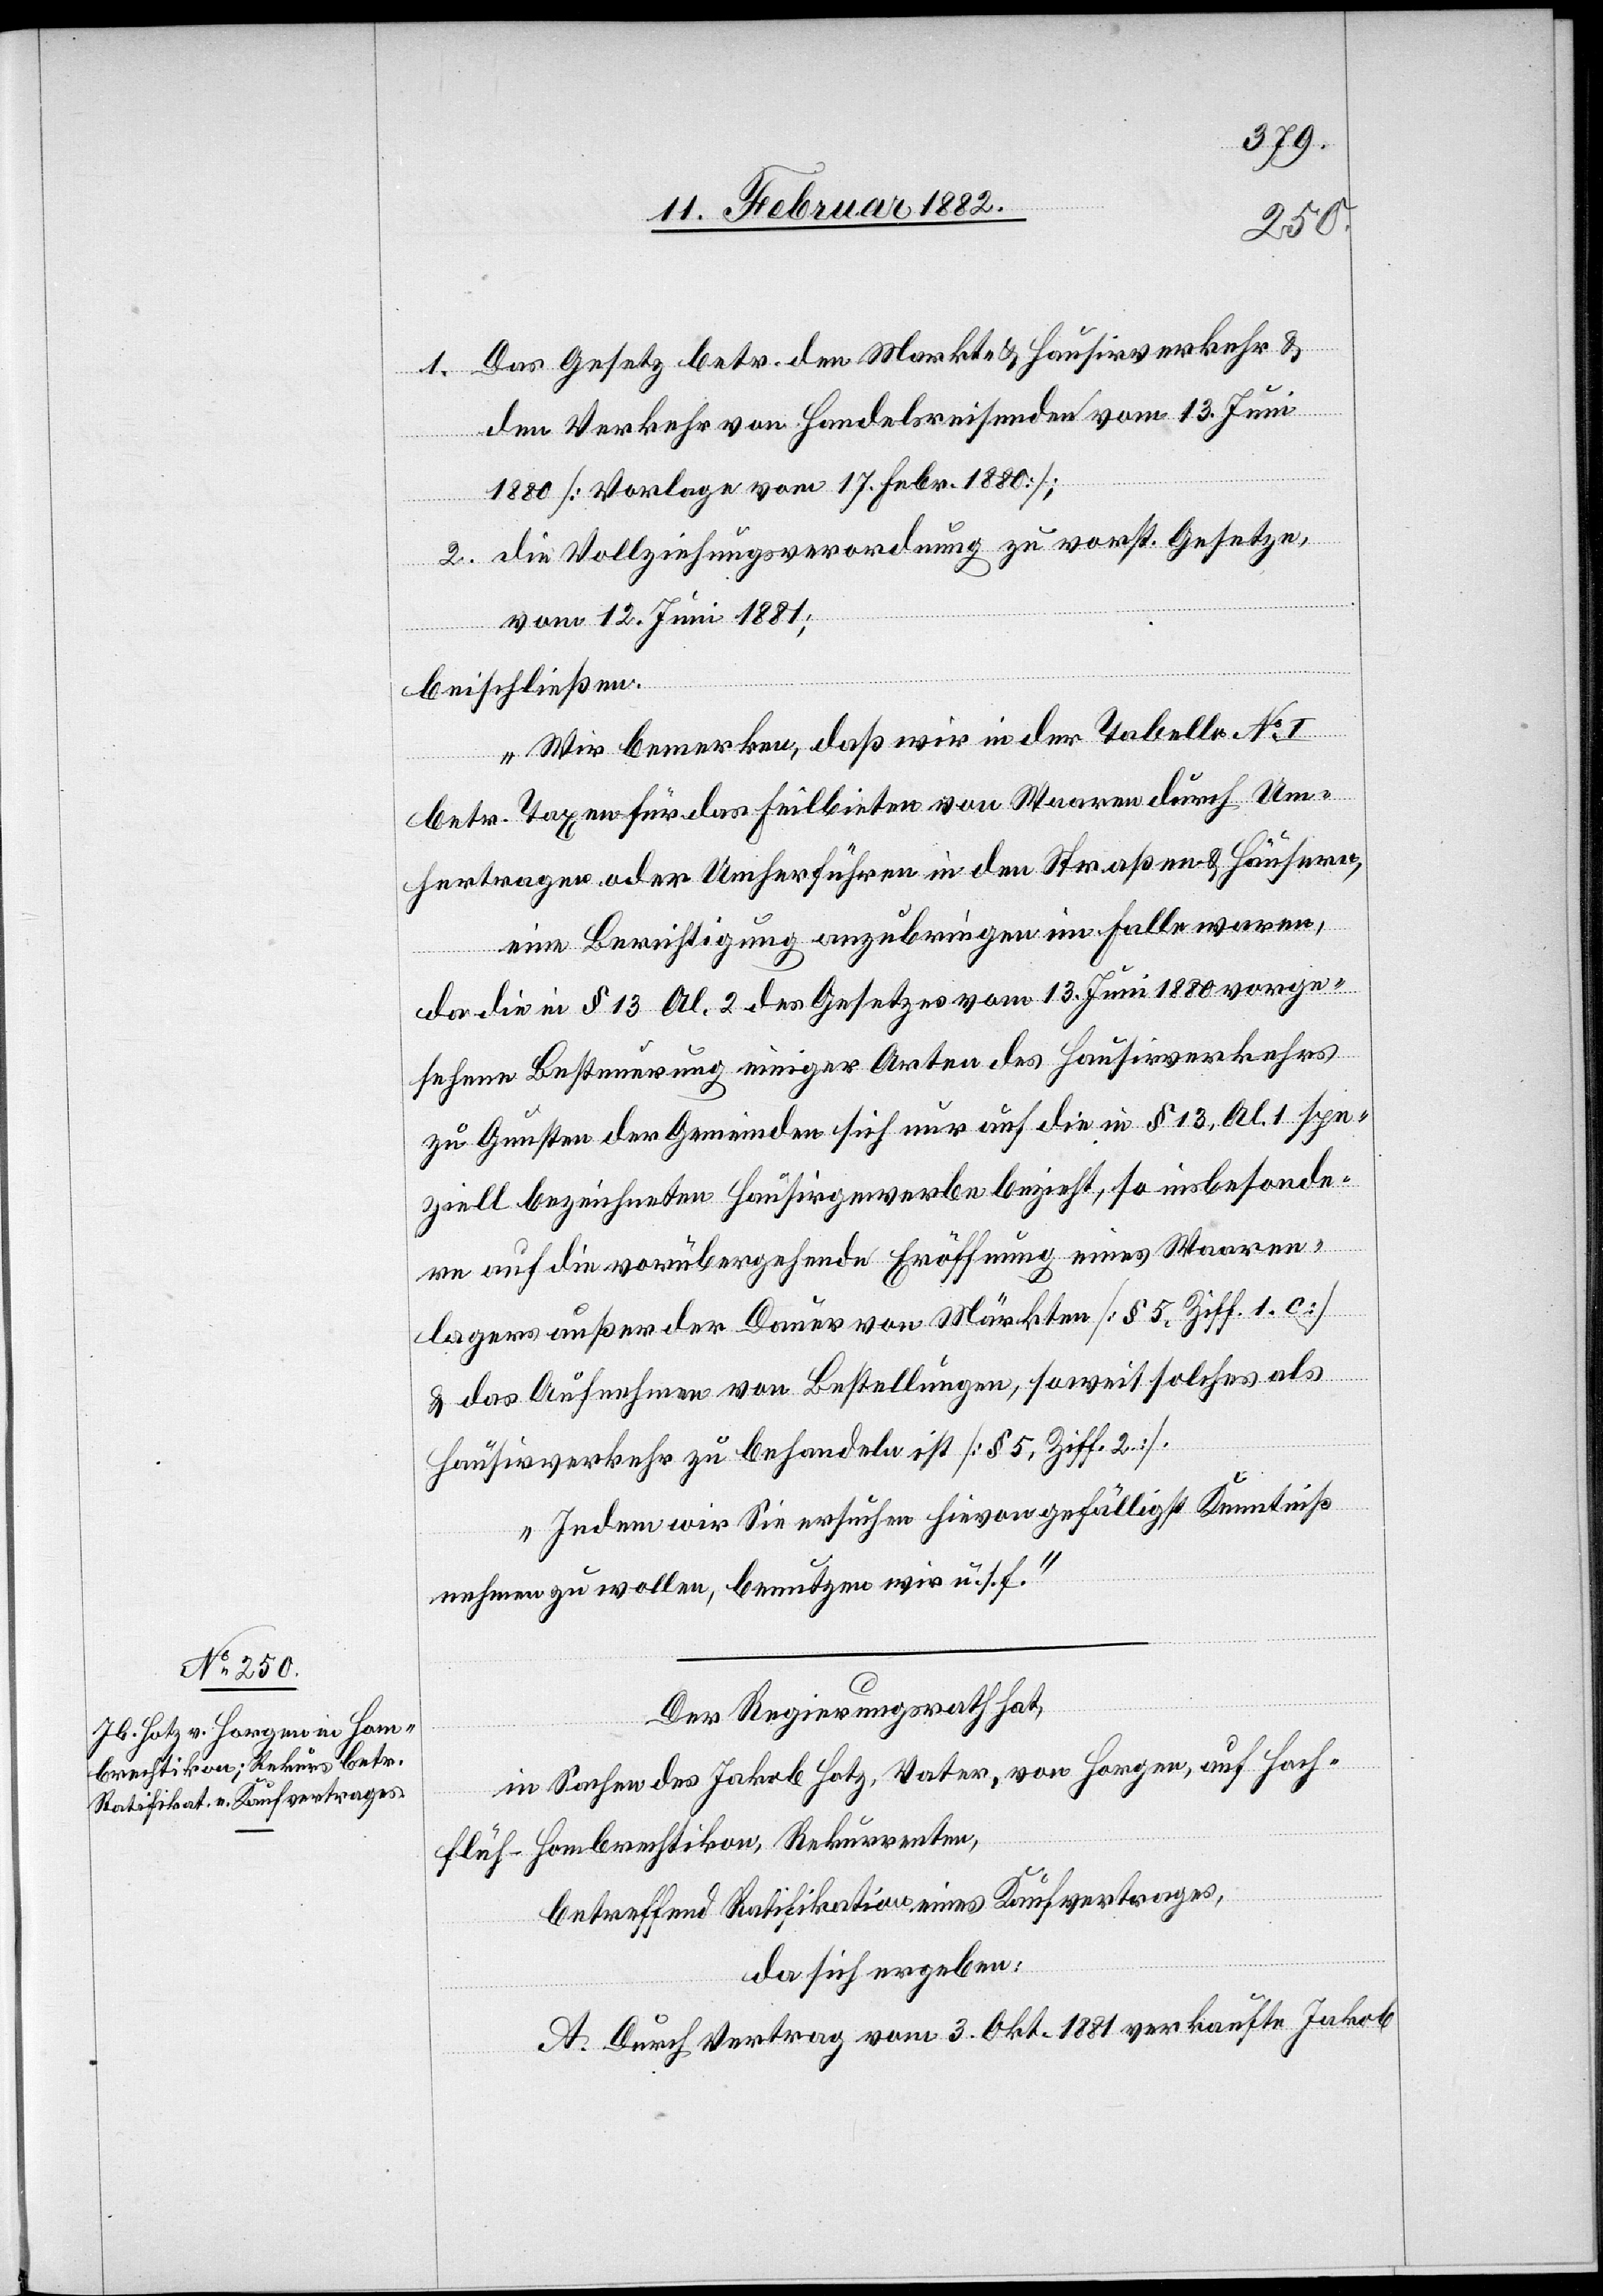
Das Gesetz betr. den Markt- & Hausirverkehr &
1.
dem Verkehr von Handelsreisenden vom 13. Juni
1880 [Vorlage vom 17. Febr. 1880];
2. die Vollziehungsverordnung zu vorst. Gesetze,
vom 12. Juni 1881;
beschließen.
Wir bemerken, daß wir in der Tabelle No I
betr. Taxen für das Feilbieten von Waaren durch Um¬
hertragen oder Umherführen in den Straßen & Häusern,
eine Berichtigung anzubringen im Falle waren,
da die in § 13 Al. 2 des Gesetzes vom 13. Juni 1880 vorge¬
sehene Besteuerung einige Arten des Hausirverkehrs
zu Gunsten der Gemeinden sich nur auf die in § 13, Al. 1 spe¬
ziell bezeichneten Hausirgewerbe bezieht, so insbesonde¬
re auf die vorübergehende Eröffnung eines Waaren¬
lagers außer der Dauer von Märkten [§ 5, Ziff. 1 c
& das Aufnehmen von Bestellungen] soweit solches als
Hausirverkehr zu behandeln ist [§ 5, Ziff. 2].
Indem wir Sie ersuchen hievon gefälligst Kenntniß
nehmen zu wollen, benutzen wir u. s. f.“
Der Regierungsrath hat,
in Sachen des Jakob Hotz, Vater, von Horgen, auf Hoch¬
flüh - Hombrechtikon, Rekurrenten,
betreffend Ratifikation eines Kaufvertrages,
da sich ergeben:
A. Durch Vertrag vom 3. Okt. 1881 verkaufte Jakob